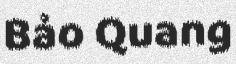
Bảo Quang